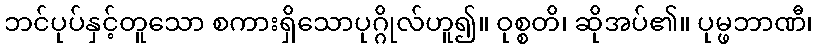
ဘင်ပုပ်နှင့်တူသော စကားရှိသောပုဂ္ဂိုလ်ဟူ၍။ ဝုစ္စတိ၊ ဆိုအပ်၏။ ပုမ္ဖဘာဏီ၊